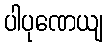
ပါပုဏေယျ